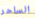
الساحر